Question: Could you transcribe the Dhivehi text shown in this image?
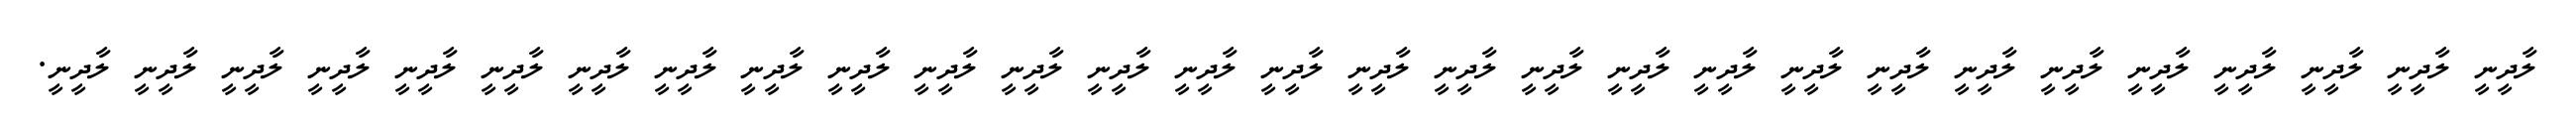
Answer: ލާދީނީ ލާދީނީ ލާދީނީ ލާދީނީ ލާދީނީ ލާދީނީ ލާދީނީ ލާދީނީ ލާދީނީ ލާދީނީ ލާދީނީ ލާދީނީ ލާދީނީ ލާދީނީ ލާދީނީ ލާދީނީ ލާދީނީ ލާދީނީ ލާދީނީ ލާދީނީ ލާދީނީ ލާދީނީ ލާދީނީ ލާދީނީ ލާދީނީ ލާދީނީ ލާދީނީ ލާދީނީ ލާދީނީ.